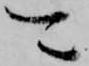
可